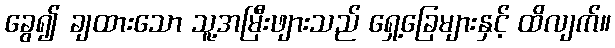
ခွေ၍ ချထားသော သူ့အမြီးဖျားသည် ရှေ့ခြေများနှင့် ထိလျက်။